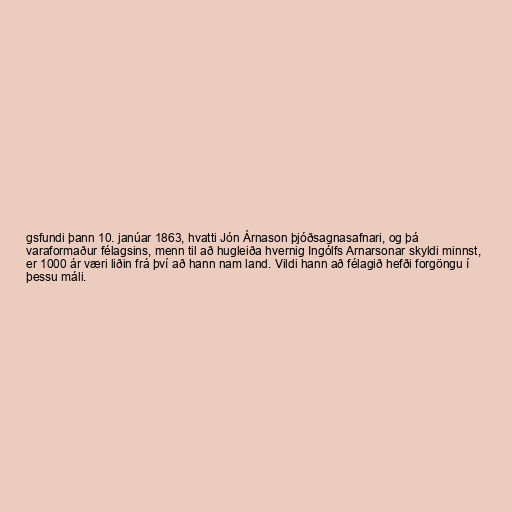
gsfundi þann 10. janúar 1863, hvatti Jón Árnason þjóðsagnasafnari, og þá
varaformaður félagsins, menn til að hugleiða hvernig Ingólfs Arnarsonar skyldi minnst,
er 1000 ár væri liðin frá því að hann nam land. Vildi hann að félagið hefði forgöngu í
þessu máli.